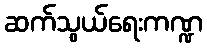
ဆက်သွယ်ရေးကဏ္ဍ